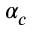
\alpha _ { c }